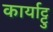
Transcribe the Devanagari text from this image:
कार्याट्टु